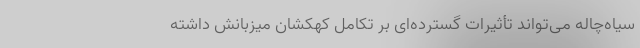
سیاه‌چاله می‌تواند تأثیرات گسترده‌ای بر تکامل کهکشان میزبانش داشته